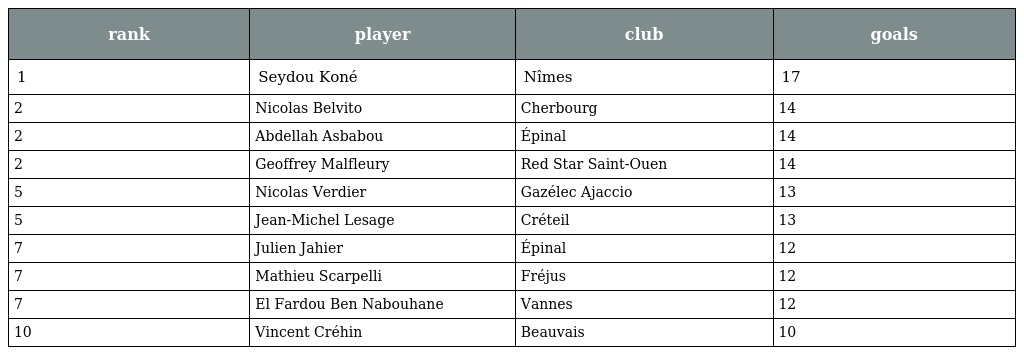
| rank | player | club | goals |
 | --- | --- | --- | --- |
 | 1 | Seydou Koné | Nîmes | 17 |
 | 2 | Nicolas Belvito | Cherbourg | 14 |
 | 2 | Abdellah Asbabou | Épinal | 14 |
 | 2 | Geoffrey Malfleury | Red Star Saint-Ouen | 14 |
 | 5 | Nicolas Verdier | Gazélec Ajaccio | 13 |
 | 5 | Jean-Michel Lesage | Créteil | 13 |
 | 7 | Julien Jahier | Épinal | 12 |
 | 7 | Mathieu Scarpelli | Fréjus | 12 |
 | 7 | El Fardou Ben Nabouhane | Vannes | 12 |
 | 10 | Vincent Créhin | Beauvais | 10 |